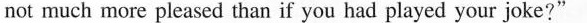
not much more pleased than if you had played your joke?”